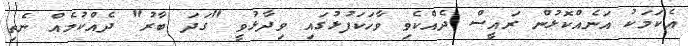
އެކަމަކު އަނެއްކޮޅުން ރައީސް ދެއްކެވި ވާހަކަފުޅުގައި ވިދާޅުވީ "ގަދަ ބާރު" ދެއްކުމެއް ނެތި